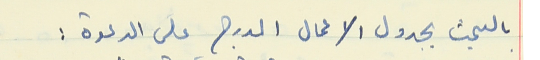
بالبحث بجدول الاعمال المدرج على الدعوة :